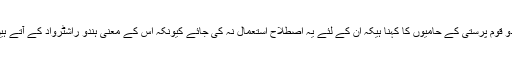
ہندو قوم پرستی کے حامیوں کا کہنا ہیکہ ان کے لئے یہ اصطلاح استعمال نہ کی جائے کیونکہ اس کے معنی ہندو راشٹرواد کے آتے ہیں۔